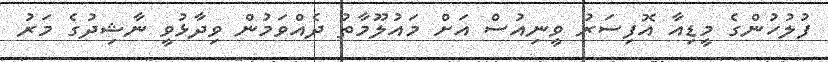
ފުލުހުންގެ މީޑިއާ އޮފިސަރު ވީނިއުސް އަށް މައުލޫމާތު ދެއްވަމުން ވިދާޅުވީ ނާޝިދުގެ މަރު